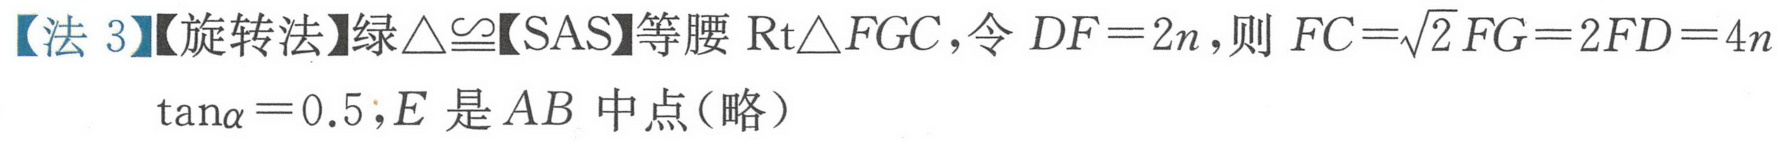
【法 3】【旋转法】绿\(\triangle\cong\)【SAS】等腰\(\text{Rt}\triangle FGC\)，令\(DF = 2n\)，则\(FC = \sqrt{2}FG = 2FD = 4n\)
\(\tan\alpha=0.5\)，\(E\)是\(AB\)中点（略）